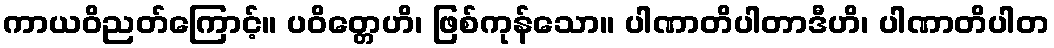
ကာယဝိညတ်ကြောင့်။ ပဝိတ္တေဟိ၊ ဖြစ်ကုန်သော။ ပါဏာတိပါတာဒီဟိ၊ ပါဏာတိပါတ